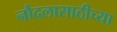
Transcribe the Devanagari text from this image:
नौदलासाठीच्या